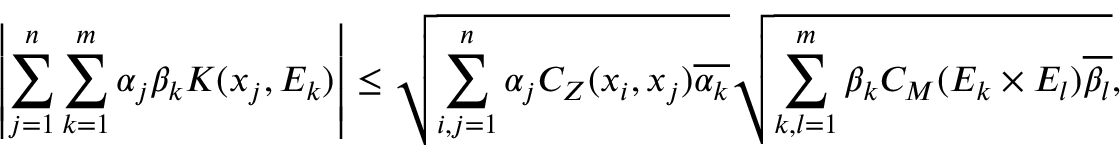
\left| \sum _ { j = 1 } ^ { n } \sum _ { k = 1 } ^ { m } \alpha _ { j } \beta _ { k } K ( x _ { j } , E _ { k } ) \right| \leq \sqrt { \sum _ { i , j = 1 } ^ { n } \alpha _ { j } C _ { Z } ( x _ { i } , x _ { j } ) \overline { { \alpha _ { k } } } } \sqrt { \sum _ { k , l = 1 } ^ { m } \beta _ { k } C _ { M } ( E _ { k } \times E _ { l } ) \overline { { \beta _ { l } } } } ,